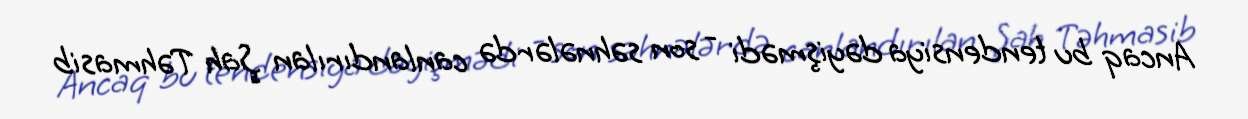
Ancaq bu tendensiya dəyişmədi - son səhnələrdə canlandırılan Şah Təhmasib